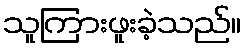
သူကြားဖူးခဲ့သည်။